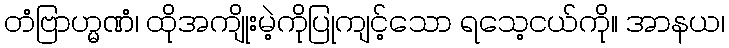
တံဗြာဟ္မဏံ၊ ထိုအကျိုးမဲ့ကိုပြုကျင့်သော ရသေ့ငယ်ကို။ အာနယ၊